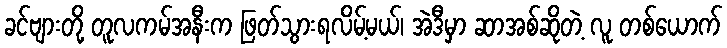
ခင်ဗျားတို့ တူလကမ်အနီးက ဖြတ်သွားရလိမ့်မယ်၊ အဲဒီမှာ ဆာအစ်ဆိုတဲ့ လူ တစ်ယောက်